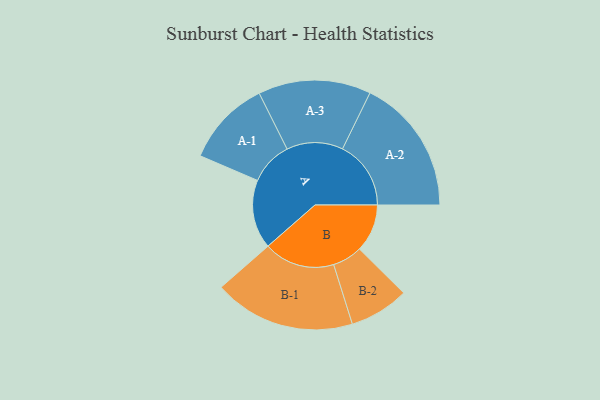
{"axis": {"x": "Segment", "y": "Value"}, "legend": ["", "A", "B"], "data": [{"x": "A", "y": 275, "type": ""}, {"x": "B", "y": 191, "type": ""}, {"x": "A-1", "y": 172, "type": "A"}, {"x": "A-2", "y": 273, "type": "A"}, {"x": "A-3", "y": 225, "type": "A"}, {"x": "B-1", "y": 283, "type": "B"}, {"x": "B-2", "y": 119, "type": "B"}]}